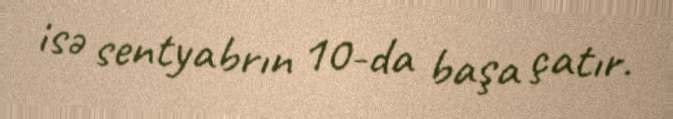
isə sentyabrın 10-da başa çatır.